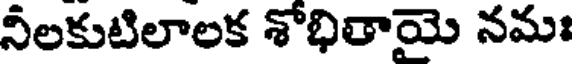
నీలకుటిలాలక శోభితాయె నమః